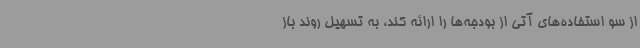
از سو استفاده‌های آتی از بودجه‌ها را ارائه کند، به تسهیل روند باز